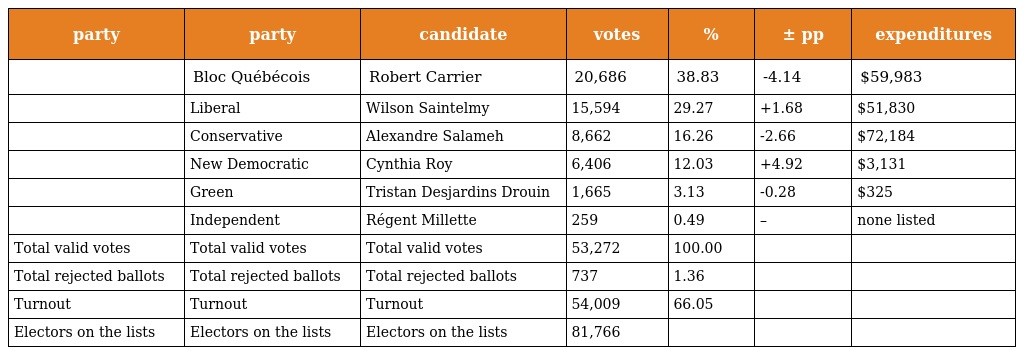
| party | party | candidate | votes | % | ± pp | expenditures |
 | --- | --- | --- | --- | --- | --- | --- |
 |  | Bloc Québécois | Robert Carrier | 20,686 | 38.83 | -4.14 | $59,983 |
 |  | Liberal | Wilson Saintelmy | 15,594 | 29.27 | +1.68 | $51,830 |
 |  | Conservative | Alexandre Salameh | 8,662 | 16.26 | -2.66 | $72,184 |
 |  | New Democratic | Cynthia Roy | 6,406 | 12.03 | +4.92 | $3,131 |
 |  | Green | Tristan Desjardins Drouin | 1,665 | 3.13 | -0.28 | $325 |
 |  | Independent | Régent Millette | 259 | 0.49 | – | none listed |
 | Total valid votes | Total valid votes | Total valid votes | 53,272 | 100.00 |  |  |
 | Total rejected ballots | Total rejected ballots | Total rejected ballots | 737 | 1.36 |  |  |
 | Turnout | Turnout | Turnout | 54,009 | 66.05 |  |  |
 | Electors on the lists | Electors on the lists | Electors on the lists | 81,766 |  |  |  |